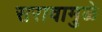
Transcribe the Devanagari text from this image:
सरावामुळे